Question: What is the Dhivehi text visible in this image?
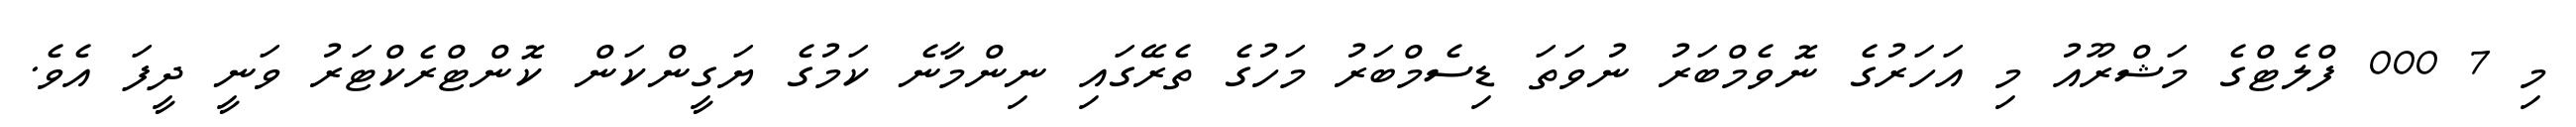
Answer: މި 7 000 ފްލެޓްގެ މަޝްރޫއު މި އަހަރުގެ ނޮވެމްބަރު ނުވަތަ ޑިސެމްބަރު މަހުގެ ތެރޭގައި ނިންމާނެ ކަމުގެ ޔަގީންކަން ކޮންޓްރެކްޓަރު ވަނީ ދީފަ އެވެ.